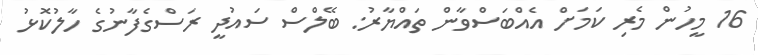
16 މީހުން މެރި ކަމަށް އެއްބަސްވާން ތައްޔާރު: ބޭލްސް ސައުދީ ރަސްގެފާނުގެ ހާލުކޮޅު